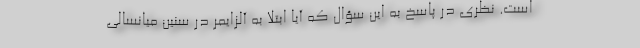
است. نظری در پاسخ به این سؤال که آیا ابتلا به آلزایمر در سنین میانسالی